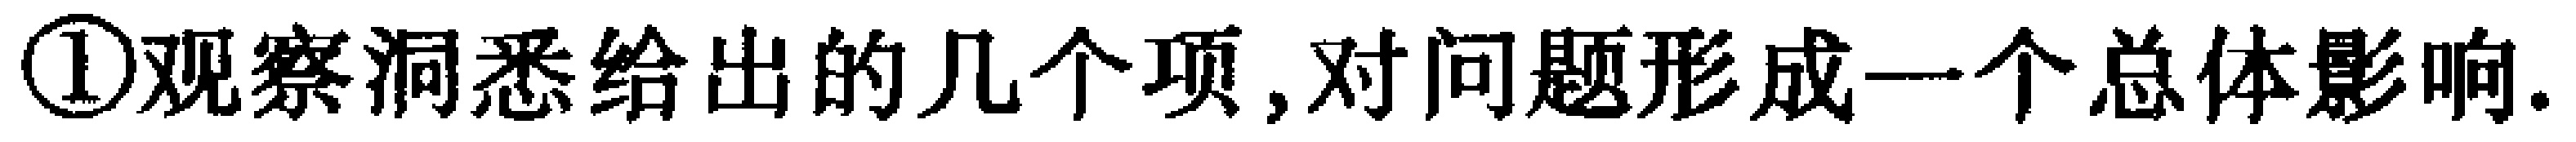
\textcircled{1}观察洞悉给出的几个项, 对问题形成一个总体影响.